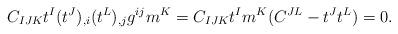
LaTeX: \begin{align*}C_{IJK} t^I (t^J)_{,i} (t^L)_{,j} g^{ij} m^K = C_{IJK} t^I m^K(C^{JL} - t^Jt^L) =0.\end{align*}